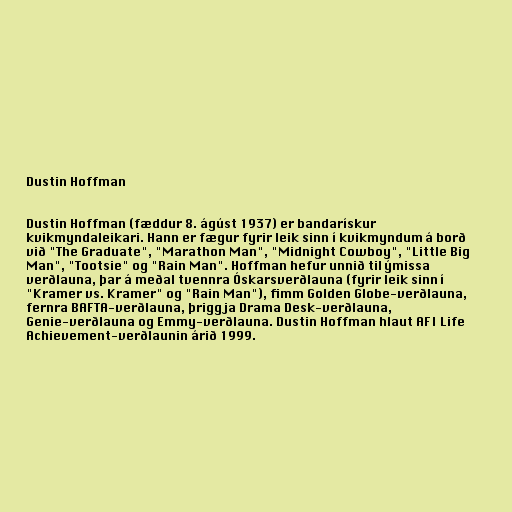
Dustin Hoffman

Dustin Hoffman (fæddur 8. ágúst 1937) er bandarískur
kvikmyndaleikari. Hann er fægur fyrir leik sinn í kvikmyndum á borð
við "The Graduate", "Marathon Man", "Midnight Cowboy", "Little Big
Man", "Tootsie" og "Rain Man". Hoffman hefur unnið til ýmissa
verðlauna, þar á meðal tvennra Óskarsverðlauna (fyrir leik sinn í
"Kramer vs. Kramer" og "Rain Man"), fimm Golden Globe-verðlauna,
fernra BAFTA-verðlauna, þriggja Drama Desk-verðlauna,
Genie-verðlauna og Emmy-verðlauna. Dustin Hoffman hlaut AFI Life
Achievement-verðlaunin árið 1999.